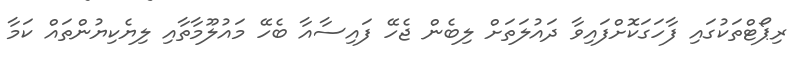
ރިޕޯޓްތަކުގައި ފާހަގަކޮށްފައިވާ ދައުލަތަށް ލިބެން ޖެހޭ ފައިސާއާ ބެހޭ މައުލޫމާތާއި ލިޔެކިޔުންތައް ކަމާ